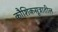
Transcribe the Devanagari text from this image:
कौशिकसूत्रातील